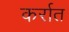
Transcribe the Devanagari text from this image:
कर्रात